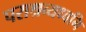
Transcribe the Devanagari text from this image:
पराश्रव्यध्वनि